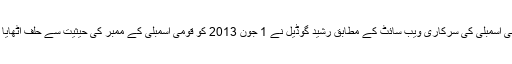
قومی اسمبلی کی سرکاری ویب سائٹ کے مطابق رشید گوڈیل نے 1 جون 2013 کو قومی اسمبلی کے ممبر کی حیثیت سے حلف اٹھایا تھا۔